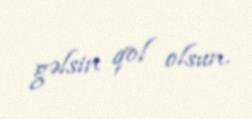
gəlsin qol olsun.